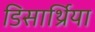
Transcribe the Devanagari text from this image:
डिसार्थ्रिया